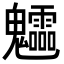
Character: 𩵁